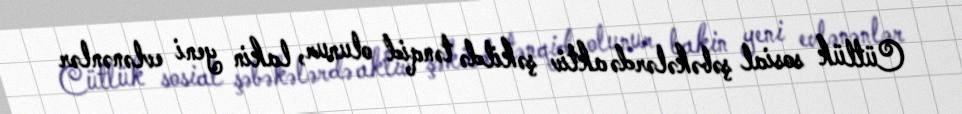
Cütlük sosial şəbəkələrdə aktiv şəkildə tənqid olunur, lakin yeni evlənənlər